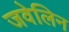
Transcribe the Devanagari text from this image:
जवेलिन